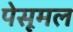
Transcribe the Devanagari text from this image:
पेसूमल